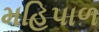
મહિપાળ